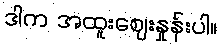
ဒါက အထူးဈေးနှုန်းပါ။